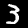
Digit: 3